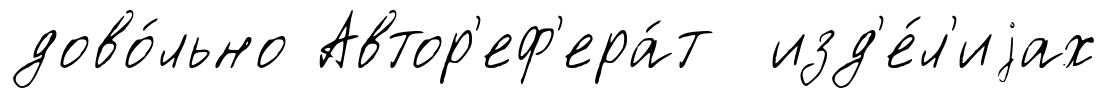
дово́льно Автор'еф'ера́т изд'е́л'иjах